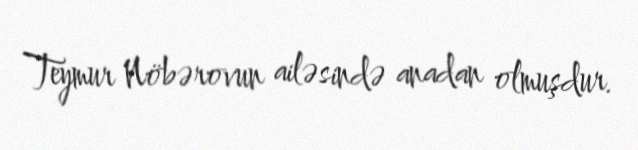
Teymur Nöbərovun ailəsində anadan olmuşdur.